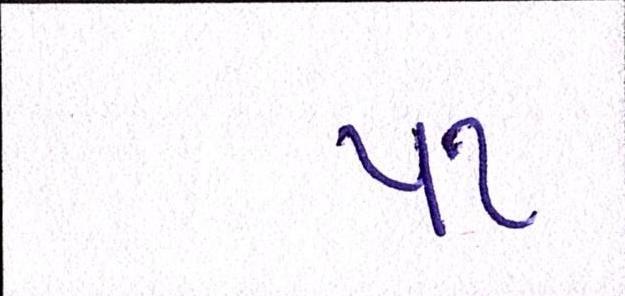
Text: ૫૧